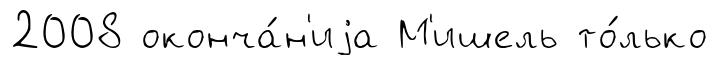
2008 оконча́н'иjа М'ишель то́лько